Materia medica of Madras volume I
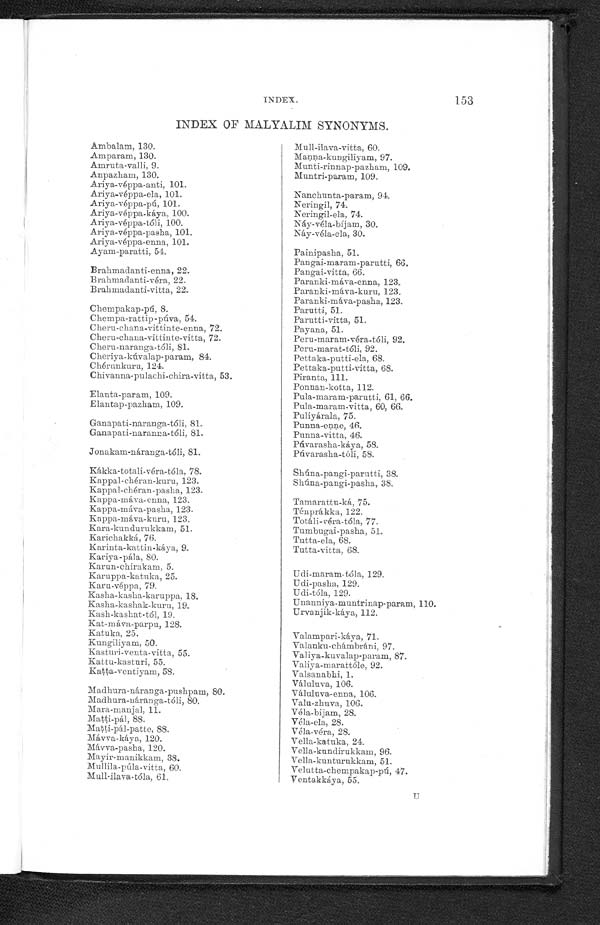
153
INDEX.
INDEX OF MALYALIM SYNONYMS.
Ambalam, 130.
Amparam, 130.
Amruta-valli, 9.
Anpazham, 130.
Ariya-véppa-anti, 101.
Ariya-véppa-ela, 101.
Ariya-véppa-pú, 101.
Ariya-véppa-káya, 100.
Ariya-véppa-tóli, 100.
Ariya-véppa-pasha, 101.
Ariya-véppa-enna, 101.
Ayam-paratti, 54.
Brahmadanti-enna, 22.
Brahmadanti-véra, 22.
Brahmadanti-vitta, 22.
Chempakap-pú, 8.
Chempa-rattip-púva, 54.
Cheru-chana-vittinte-enna, 72.
Cheru-chana-vittinte-vitta, 72.
Cheru-naranga-tóli, 81.
Cheriya-kúvalap-param, 84.
Chérunkuru, 124.
Chivanna-pulachi-chira-vitta, 53.
Elanta-param, 109.
Elantap-pazham, 109.
Ganapati-naranga-tóli, 81.
Ganapati-naranna-tóli, 81.
Jonakam-náranga-tóli, 81.
Kákka-totali-véra-tóla, 78.
Kappal-chéran-kuru, 123.
Kappal-chéran-pasha,
1 2 3 . K a p p a - m á v a - e n n a , 1 2 3 .
Kappa-máva-pasha, 123.
Kappa-máva-kuru, 123.
Kara-kundurukkam, 51.
Karichakká, 76.
Karinta-kattin-káya, 9.
Kariya-pála, 80.
Karun-chirakam, 5.
Karuppa-katuka, 25.
Karu-véppa, 79.
Kasha-kasha-karuppa, 18.
Kasha-kashak-kuru, 19.
Kash-kashat-tól, 19.
Kat-máva-parpu, 128.
Katuka, 25.
Kungiliyam, 50.
Kasturi-venta-vitta, 55.
Kattu-kasturi, 55.
Katta-ventiyam, 58.
Madhura-náranga-pushpam, 80.
Madhura-náranga-tóli, 80.
Mara-manjal, 11.
Matti-pál, 88.
Matti-pál-patte, 88.
Mávva-káya, 120.
Mávva-pasha, 120.
Mayir-manikkam, 38.
Mullila-púla-vitta, 60.
Mull-ilava-tóla, 61.
Mull-ilava-vitta, 60.
Manna-kungiliyam, 97.
Munti-rinnap-pazham, 109.
Muntri-param, 109.
Nanchunta-param, 94.
Neringil, 74.
Neringil-ela, 74.
Náy-véla-bíjam, 30.
Náy-véla-ela, 30.
Painipasha, 51.
Pangai-maram-parutti, 66.
Pangai-vitta, 66.
Paranki-máva-enna, 123.
Paranki-máva-kuru, 123.
Paranki-mava-pasha, 123.
Parutti, 51.
Parutti-vitta, 51.
Payana, 51.
Peru-maram-véra-tóli, 92.
Peru-marat-tóli, 92.
Pettaka-putti-ela, 68.
Pettaka-putti-vitta, 68.
Piranta, 111.
Ponnan-kotta, 112.
Pula-maram-parutti, 61, 66.
Pula-maram-vitta, 60, 66.
Puliyárala, 75.
Punna-enne, 46.
Punna-vitta, 46.
Púvarasha-káya, 58.
Púvarasha-tóli, 58.
Shúna-pangi-parutti, 38.
Shúna-pangi-pasha, 38.
Tamarattu-ká, 75.
Ténprákka, 122.
Totáli-véra-tóla, 77.
Tumbugai-pasha, 51.
Tutta-ela, 68.
Tutta-vitta, 68.
Udi-maram-tóla, 129.
Udi-pasha, 129.
Udi-tóla, 129.
Unanniya-muntrinap-param, 110.
Urvanjik-káya, 112.
Valampari-káya, 71.
Valanku-chámbráni, 97
. Valiya-kuvalap-param, 87.
Valiya-marattóle, 92.
Valsanabhi, 1.
Váluluva, 106.
Váluluva-enna, 106.
Valu-zhuva, 106.
Véla-bijam, 28.
Véla-ela, 28.
Véla-véra, 28.
Vella-katuka , 24.
Vella-kundirukkam, 96.
Vella-kunturukkam, 51.
Velutta-chempakap-pú, 47.
Ventakkáya, 55.
U